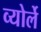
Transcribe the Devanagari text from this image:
व्योर्ले